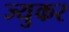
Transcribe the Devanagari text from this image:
ज्युकर